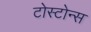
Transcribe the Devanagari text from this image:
टोस्टोन्स